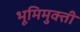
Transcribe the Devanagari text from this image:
भूमिमुक्ती